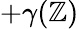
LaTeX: +\gamma(\mathbb{Z})